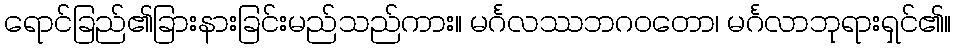
ရောင်ခြည်၏ခြားနားခြင်းမည်သည်ကား။ မင်္ဂလဿဘဂဝတော၊ မင်္ဂလာဘုရားရှင်၏။